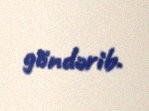
göndərib.